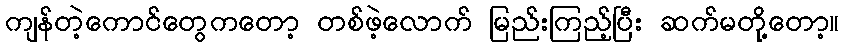
ကျန်တဲ့ကောင်တွေကတော့ တစ်ဖဲ့လောက် မြည်းကြည့်ပြီး ဆက်မတို့တော့။